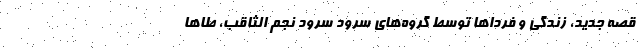
قصه جدید، زندگی و فردا‌ها توسط گروه‌های سرود سرود نجم الثاقب، طا‌ها